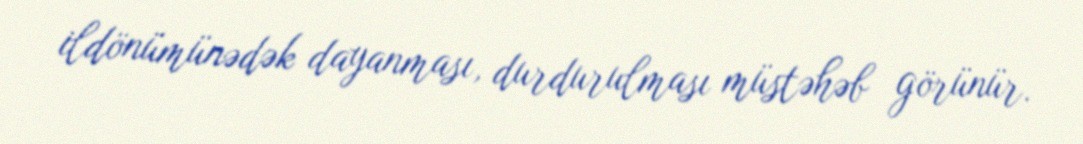
ildönümünədək dayanması, durdurulması müstəhəb görünür.